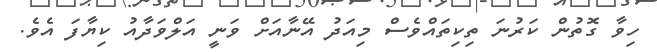
ހިވާ ގޮތުން ކަރުނަ ތިކިތައްވެސް މިއަދު އޭނާއަށް ވަނީ އަލްވަދާއު ކިޔާފަ އެވެ.